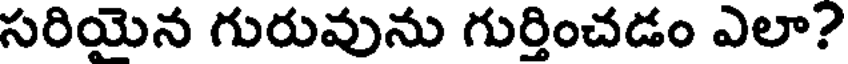
సరియైన గురువును గుర్తించడం ఎలా?